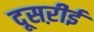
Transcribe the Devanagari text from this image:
दूसऱीई